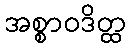
အစ္စာဝဒိတ္ထ